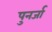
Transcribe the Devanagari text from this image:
पुनर्जा